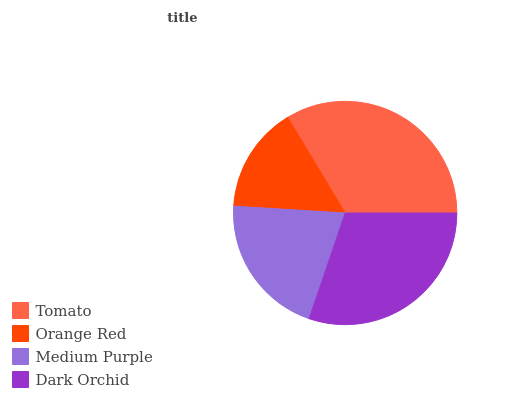
| Tomato | Orange Red | Medium Purple | Dark Orchid |
 | --- | --- | --- | --- |
 | 33.6% | 15.4% | 20.7% | 30.3% |